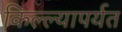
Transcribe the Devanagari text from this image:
किल्ल्यापर्यत